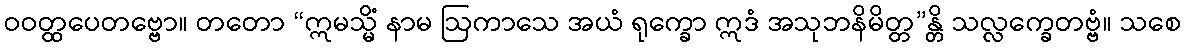
ဝဝတ္ထပေတဗ္ဗော။ တတော “ဣမသ္မိံ နာမ ဩကာသေ အယံ ရုက္ခော ဣဒံ အသုဘနိမိတ္တ”န္တိ သလ္လက္ခေတဗ္ဗံ။ သစေ